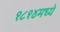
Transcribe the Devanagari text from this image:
१८१४मध्ये